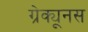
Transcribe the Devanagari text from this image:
ग्रेक्यूनस